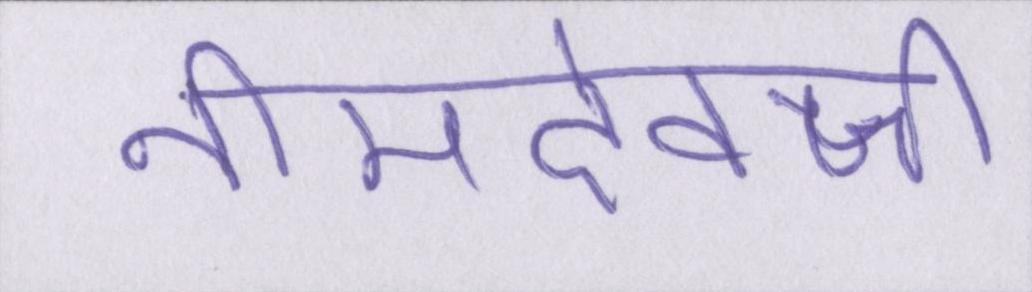
नीमदेवजी